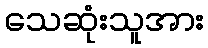
သေဆုံးသူအား